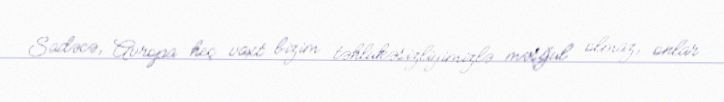
Sadəcə, Avropa heç vaxt bizim təhlükəsizliyimizlə məşğul olmaz, onlar